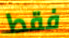
فقط